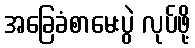
အခြေခံစာမေးပွဲ လုပ်ဖို့